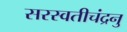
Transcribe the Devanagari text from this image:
सरस्वतीचंद्रनु